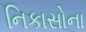
નિકાસોના